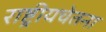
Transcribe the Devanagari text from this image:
राष्ट्रीयचेतना